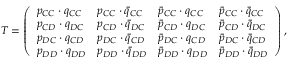
T = \left( \begin{array} { l l l l } { p _ { C C } \cdot q _ { C C } } & { p _ { C C } \cdot \bar { q } _ { C C } } & { \bar { p } _ { C C } \cdot q _ { C C } } & { \bar { p } _ { C C } \cdot \bar { q } _ { C C } } \\ { p _ { C D } \cdot q _ { D C } } & { p _ { C D } \cdot \bar { q } _ { D C } } & { \bar { p } _ { C D } \cdot q _ { D C } } & { \bar { p } _ { C D } \cdot \bar { q } _ { D C } } \\ { p _ { D C } \cdot q _ { C D } } & { p _ { D C } \cdot \bar { q } _ { C D } } & { \bar { p } _ { D C } \cdot q _ { C D } } & { \bar { p } _ { D C } \cdot \bar { q } _ { C D } } \\ { p _ { D D } \cdot q _ { D D } } & { p _ { D D } \cdot \bar { q } _ { D D } } & { \bar { p } _ { D D } \cdot q _ { D D } } & { \bar { p } _ { D D } \cdot \bar { q } _ { D D } } \end{array} \right) ,